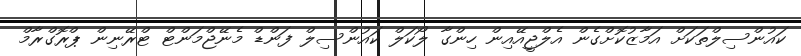
ކައުންސިލްތަކަށް އަމާޒުކޮށްގެން އެެލްޖީއޭއިން ހިންގާ ލޯކަލް ކައުންސިލް ފަންޑް މެނޭޖްމަންޓް ޓްރޭނިން ޕްރޮގްރާމް